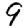
Digit: 9